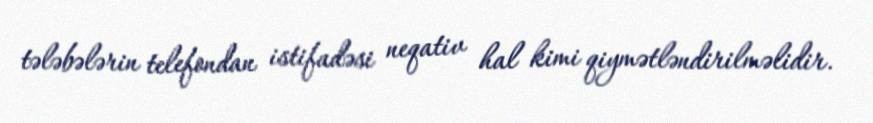
tələbələrin telefondan istifadəsi neqativ hal kimi qiymətləndirilməlidir.